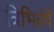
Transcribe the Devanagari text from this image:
त्रिभिर्वर्षे